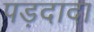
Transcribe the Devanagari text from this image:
पड़दादा